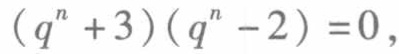
\((q^{n}+3)(q^{n}-2)=0\)